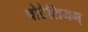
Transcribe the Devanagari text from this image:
पोटैशियम्‌